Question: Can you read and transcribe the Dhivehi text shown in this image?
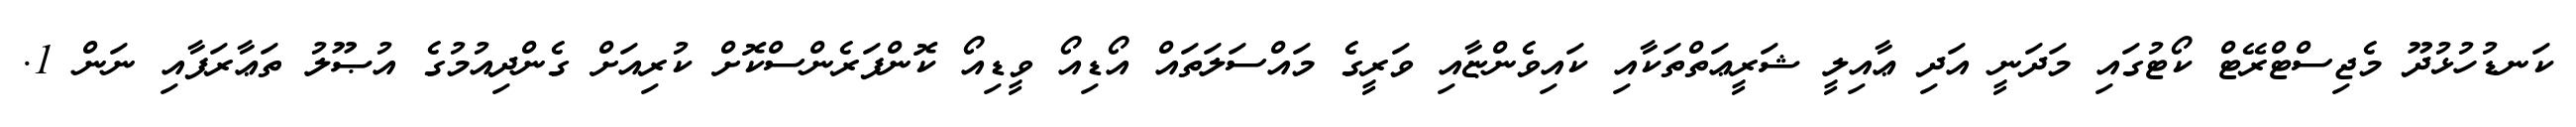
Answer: ކަނޑުހުޅުދޫ މެޖިސްޓްރޭޓް ކޯޓުގައި މަދަނީ އަދި ޢާއިލީ ޝަރީޢަތްތަކާއި ކައިވެންޏާއި ވަރީގެ މައްސަލަތައް އޯޑިއޯ ވީޑިއޯ ކޮންފަރެންސްކޮށް ކުރިއަށް ގެންދިއުމުގެ އުޞޫލު ތަޢާރަފާއި ނަން 1.